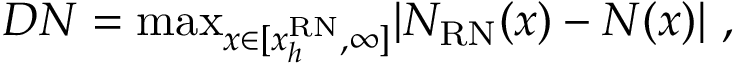
D N = \mathrm { m a x } _ { x \in [ x _ { h } ^ { \mathrm { R N } } , \infty ] } \vert N _ { \mathrm { R N } } ( x ) - N ( x ) \vert \ ,